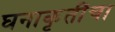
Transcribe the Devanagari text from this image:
घनाकृतींचा